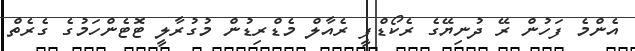
އެންމެ ފަހުން ރޭ ދުނިޔޭގެ ރެކޯޑްފީ ރެއާލް މެޑްރިޑުން މުގުރާލީ ޓޮޓެންހަމުގެ ގެރެތް